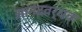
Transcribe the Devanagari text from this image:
आनंदवर्धक